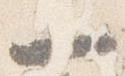
一